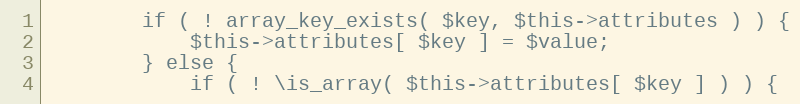
Language: PHP
		if ( ! array_key_exists( $key, $this->attributes ) ) {
			$this->attributes[ $key ] = $value;
		} else {
			if ( ! \is_array( $this->attributes[ $key ] ) ) {